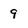
Character: 9